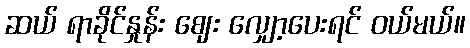
ဆယ် ရာခိုင်နှုန်း ဈေး လျှော့ပေးရင် ဝယ်မယ်။